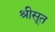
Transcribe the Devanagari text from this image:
श्रीसूत